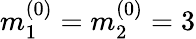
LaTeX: m_{1}^{(0)}=m_{2}^{(0)}=3